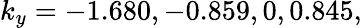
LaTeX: k_{y}=-1.680,-0.859,0,0.845,